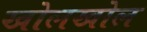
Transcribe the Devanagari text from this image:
खोलखोल